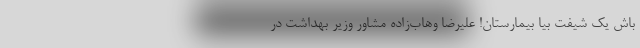
باش یک شیفت بیا بیمارستان! علیرضا وهاب‌زاده مشاور وزیر بهداشت در